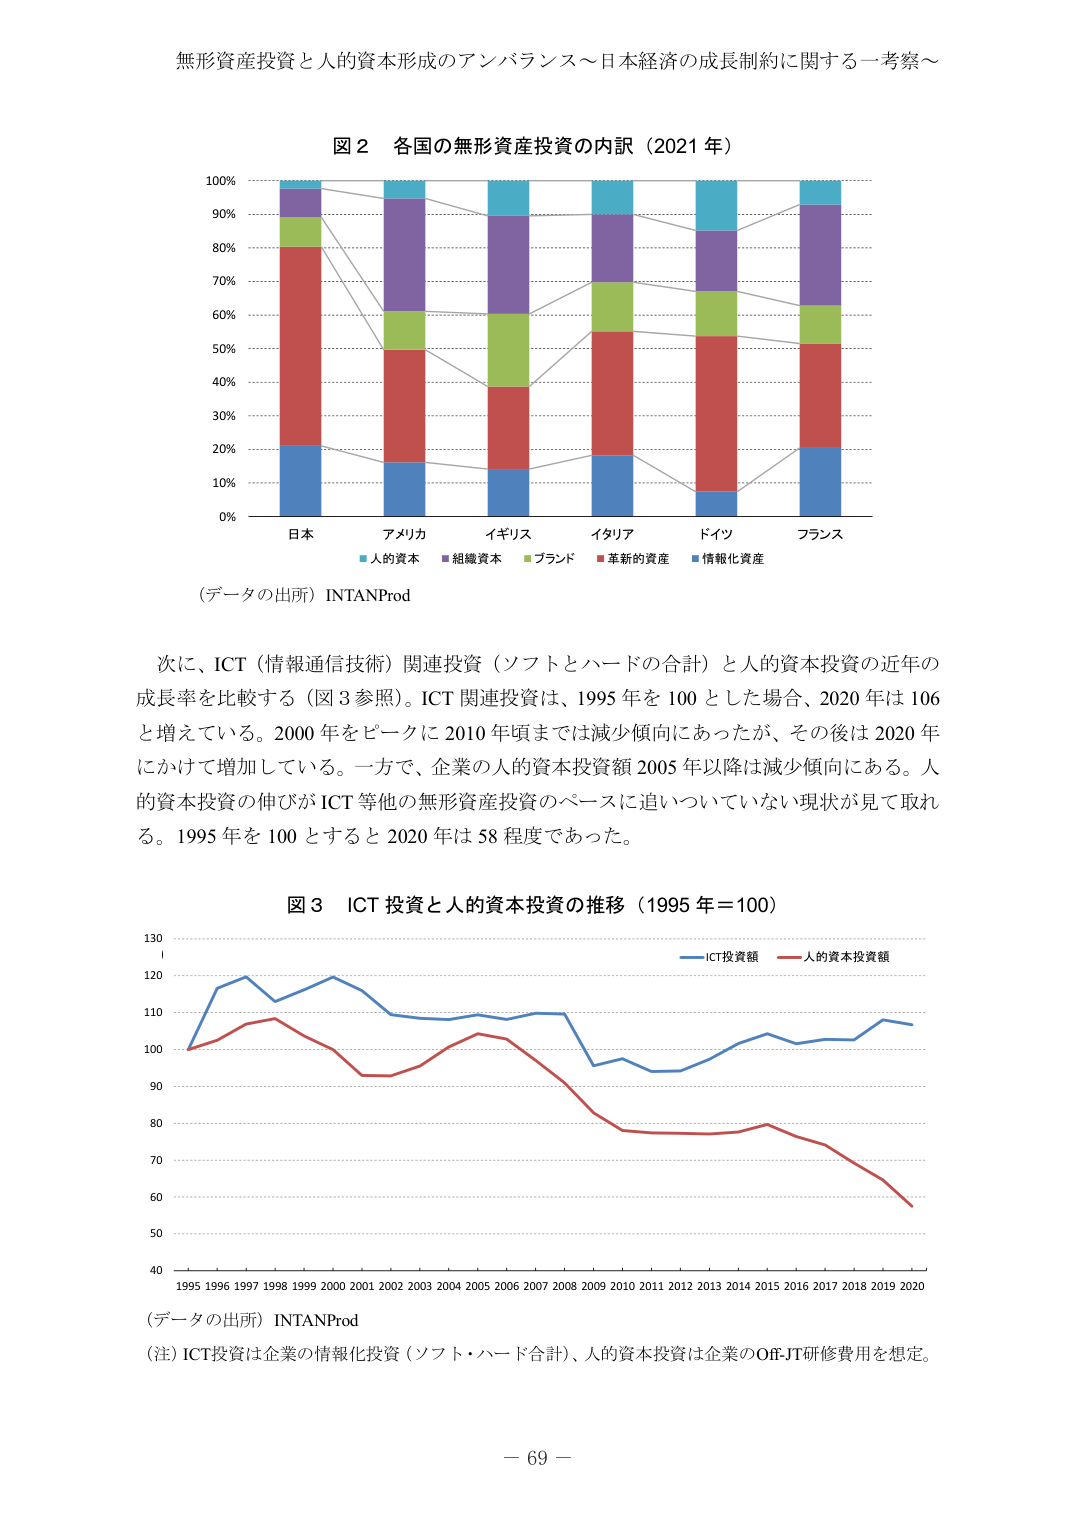
無形資産投資と人的資本形成のアンバランス～日本経済の成長制約に関する一考察～

図２ 各国の無形資産投資の内訳（2021 年）

100%
90%
80%
70%
60%
50%
40%
30%
20%
10%
0%

日本 アメリカ イギリス イタリア ドイツ フランス

■人的資本 ■組織資本 ■ブランド ■革新的資産 ■情報化資産

（データの出所）INTANProd

次に、ICT（情報通信技術）関連投資（ソフトとハードの合計）と人的資本投資の近年の
成長率を比較する（図３参照）。ICT 関連投資は、1995 年を 100 とした場合、2020 年は 106
と増えている。2000 年をピークに 2010 年頃までは減少傾向にあったが、その後は 2020 年
にかけて増加している。一方で、企業の人的資本投資額 2005 年以降は減少傾向にある。人
的資本投資の伸びが ICT 等他の無形資産投資のペースに追いついていない現状が見て取れ
る。1995 年を 100 とすると 2020 年は 58 程度であった。

図３ ICT 投資と人的資本投資の推移（1995 年＝100）

130
120
110
100
90
80
70
60
50
40

1995 1996 1997 1998 1999 2000 2001 2002 2003 2004 2005 2006 2007 2008 2009 2010 2011 2012 2013 2014 2015 2016 2017 2018 2019 2020

■ICT投資額 ■人的資本投資額

（データの出所）INTANProd

（注）ICT投資は企業の情報化投資（ソフト・ハード合計）、人的資本投資は企業のOJT研修費用を想定。

－ 69 －